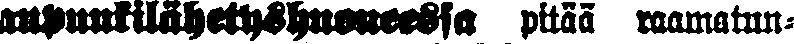
aupunkilähetyshuoneessa pitää raamatun-